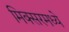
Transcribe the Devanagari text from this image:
मिक्‍सरमध्ये